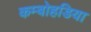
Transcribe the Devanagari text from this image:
कम्बोहडिया